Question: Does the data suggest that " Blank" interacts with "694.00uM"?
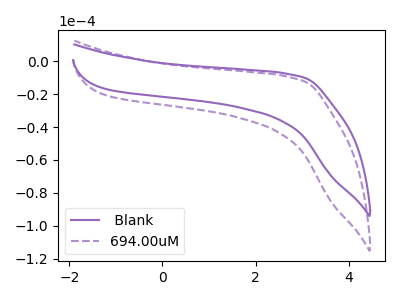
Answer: <think>The purple curve " Blank" has no peaks. The purple dashed curve "694.00uM" has no peaks.
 Neither " Blank" or "694.00uM" have any peaks.</think>
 <answer>No, " Blank" and "694.00uM" don't appear to be significantly different in shape</answer>
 <eval>no_change</eval>